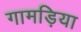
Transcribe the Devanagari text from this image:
गामड़िया